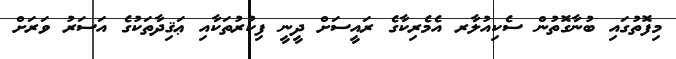
މިފޮތުގައި ބުނާގޮތުން ސެކިއުލާރ އެމެރިކާގެ ރައީސަށް ދީނީ ފިކުރުތަކާއި ޢަޤިދާތަކުގެ އަސަރު ވަރަށް